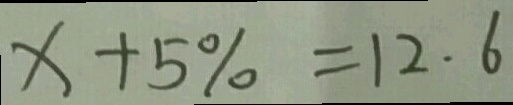
x + 5 \% = 1 2 . 6